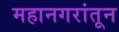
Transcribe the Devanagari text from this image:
महानगरांतून